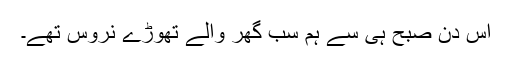
اس دن صبح ہی سے ہم سب گھر والے تھوڑے نروس تھے۔